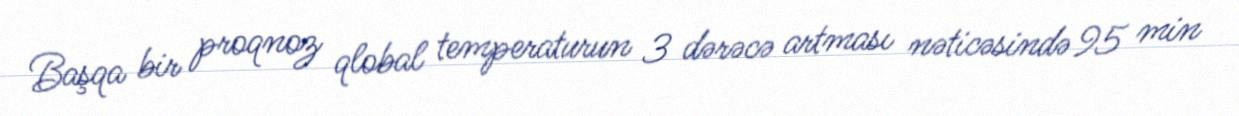
Başqa bir proqnoz qlobal temperaturun 3 dərəcə artması nəticəsində 95 min